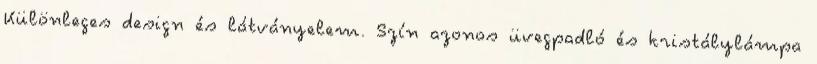
Különleges design és látványelem. Szín azonos üvegpadló és kristálylámpa